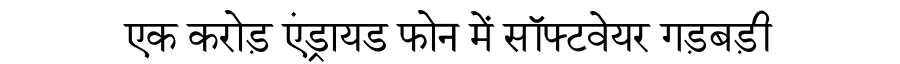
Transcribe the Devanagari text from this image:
एक करोड़ एंड्रायड फोन में सॉफ्टवेयर गड़बड़ी